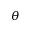
\theta